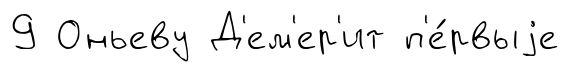
9 Оньеву Д'ем'ер'ит п'е́рвыjе